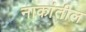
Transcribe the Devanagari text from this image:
नाकांतील